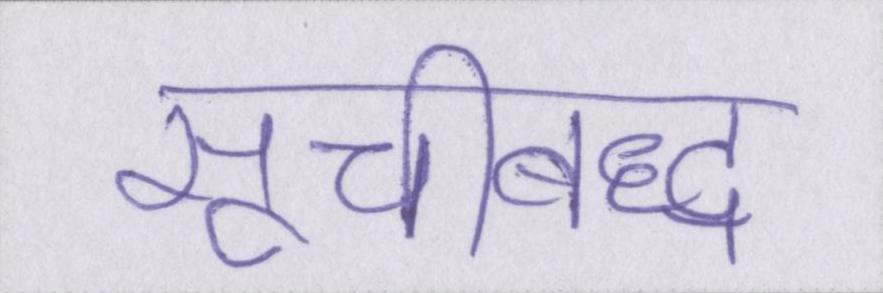
सूचीबद्ध